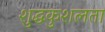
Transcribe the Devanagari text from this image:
शुद्धकुशलता